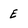
Character: e